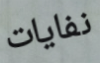
نفايات